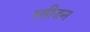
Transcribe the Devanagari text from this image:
स्वी़डन